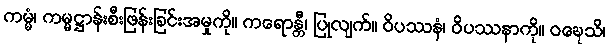
ကမ္မံ၊ ကမ္မဋ္ဌာန်းစီးဖြန်းခြင်းအမှုကို။ ကရောန္တီ၊ ပြုလျက်။ ဝိပဿနံ၊ ဝိပဿနာကို။ ဝဍ္ဎေသိ၊